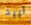
أريد